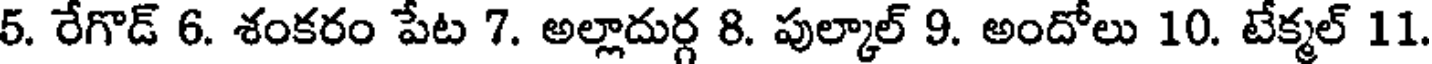
5. రేగొడ్ 6. శంకరం పేట 7. అల్లాదుర్గ 8. పుల్కాల్ 9. అందోలు 10. టేక్మల్ 11.